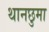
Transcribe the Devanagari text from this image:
थानछुमा